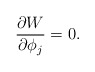
\begin{align*}\frac{\partial W}{\partial \phi_{j}} = 0.\end{align*}